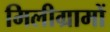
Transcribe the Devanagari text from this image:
मिलीग्रामों